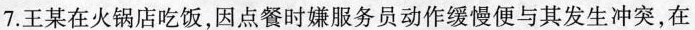
7.王某在火锅店吃饭，因点餐时嫌服务员动作缓慢便与其发生冲突，在